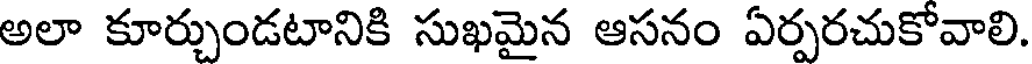
అలా కూర్చుండటానికి సుఖమైన ఆసనం ఏర్పరచుకోవాలి